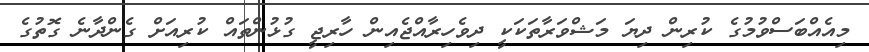
މިއެއްބަސްވުމުގެ ކުރިން ދިޔަ މަޝްވަރާތަކަކީ ދިވެހިރާއްޖެއިން ހާރިޖީ ގުޅުންތައް ކުރިއަށް ގެންދާނެ ގޮތުގެ